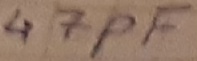
Text: 47µF